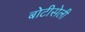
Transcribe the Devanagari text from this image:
बोटीसेली